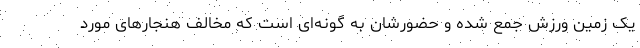
یک زمین ورزش جمع شده و حضورشان به گونه‌ای است که مخالف هنجارهای مورد